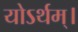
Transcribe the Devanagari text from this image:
योऽर्थम्।